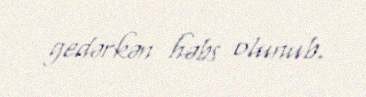
gedərkən həbs olunub.